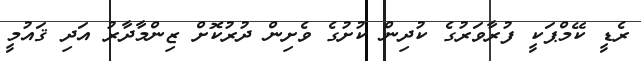
ރެޑީ ކޭމްޕަކީ ފުރާވަރުގެ ކުދިން ކުށުގެ ވެށިން ދުރުކޮށް ޒިންމާދާރު އަދި ޤައުމީ